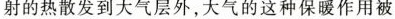
射的热散发到大气层外，大气的这种保暖作用被